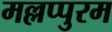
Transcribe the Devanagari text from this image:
मल्लप्पुरम